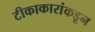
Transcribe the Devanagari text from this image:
टीकाकारांकडून